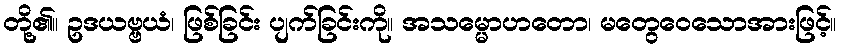
တို့၏။ ဥဒယဗ္ဗယံ၊ ဖြစ်ခြင်း ပျက်ခြင်းကို။ အသမ္မောဟတော၊ မတွေဝေသောအားဖြင့်။